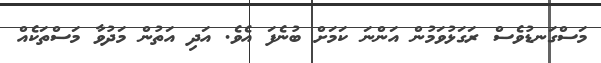
މަސްގަނޑުވެސް ރަގަޅުވަމުން އަންނަ ކަމަށް ބުނެފަ އެވެ. އަދި އަތުން މަދުވާ މަސްތަކެއް